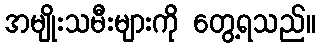
အမျိုးသမီးများကို တွေ့ရသည်။